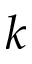
k